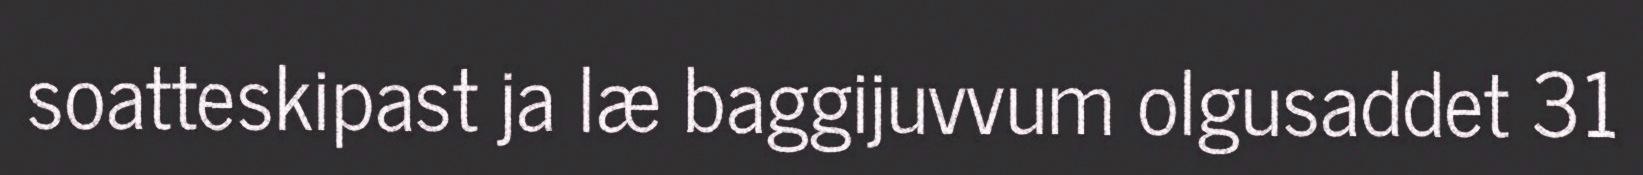
soatteskipast ja læ baggijuvvum olgusaddet 31